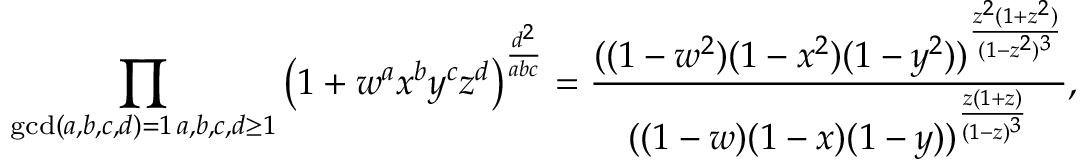
\prod _ { \substack { \operatorname* { g c d } ( a , b , c , d ) = 1 \, a , b , c , d \geq 1 } } \left( 1 + w ^ { a } x ^ { b } y ^ { c } z ^ { d } \right) ^ { \frac { d ^ { 2 } } { a b c } } = \frac { ( ( 1 - w ^ { 2 } ) ( 1 - x ^ { 2 } ) ( 1 - y ^ { 2 } ) ) ^ { \frac { z ^ { 2 } ( 1 + z ^ { 2 } ) } { ( 1 - z ^ { 2 } ) ^ { 3 } } } } { ( ( 1 - w ) ( 1 - x ) ( 1 - y ) ) ^ { \frac { z ( 1 + z ) } { ( 1 - z ) ^ { 3 } } } } ,